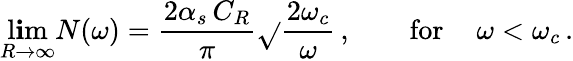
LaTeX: \operatorname*{l\mathbf{i}m}_{R\to\infty}N(\omega)=\frac{{2\alpha_{s}\, C_{R}}}{{\pi}}\sqrt{}{{\frac{{2\omega_{c}}}{{\omega}}}}\, ,\qquad\mathrm{{for}}\, \quad\omega<\omega_{c}\, .